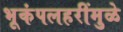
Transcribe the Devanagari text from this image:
भूकंपलहरींमुळे